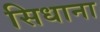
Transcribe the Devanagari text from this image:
सिधाना